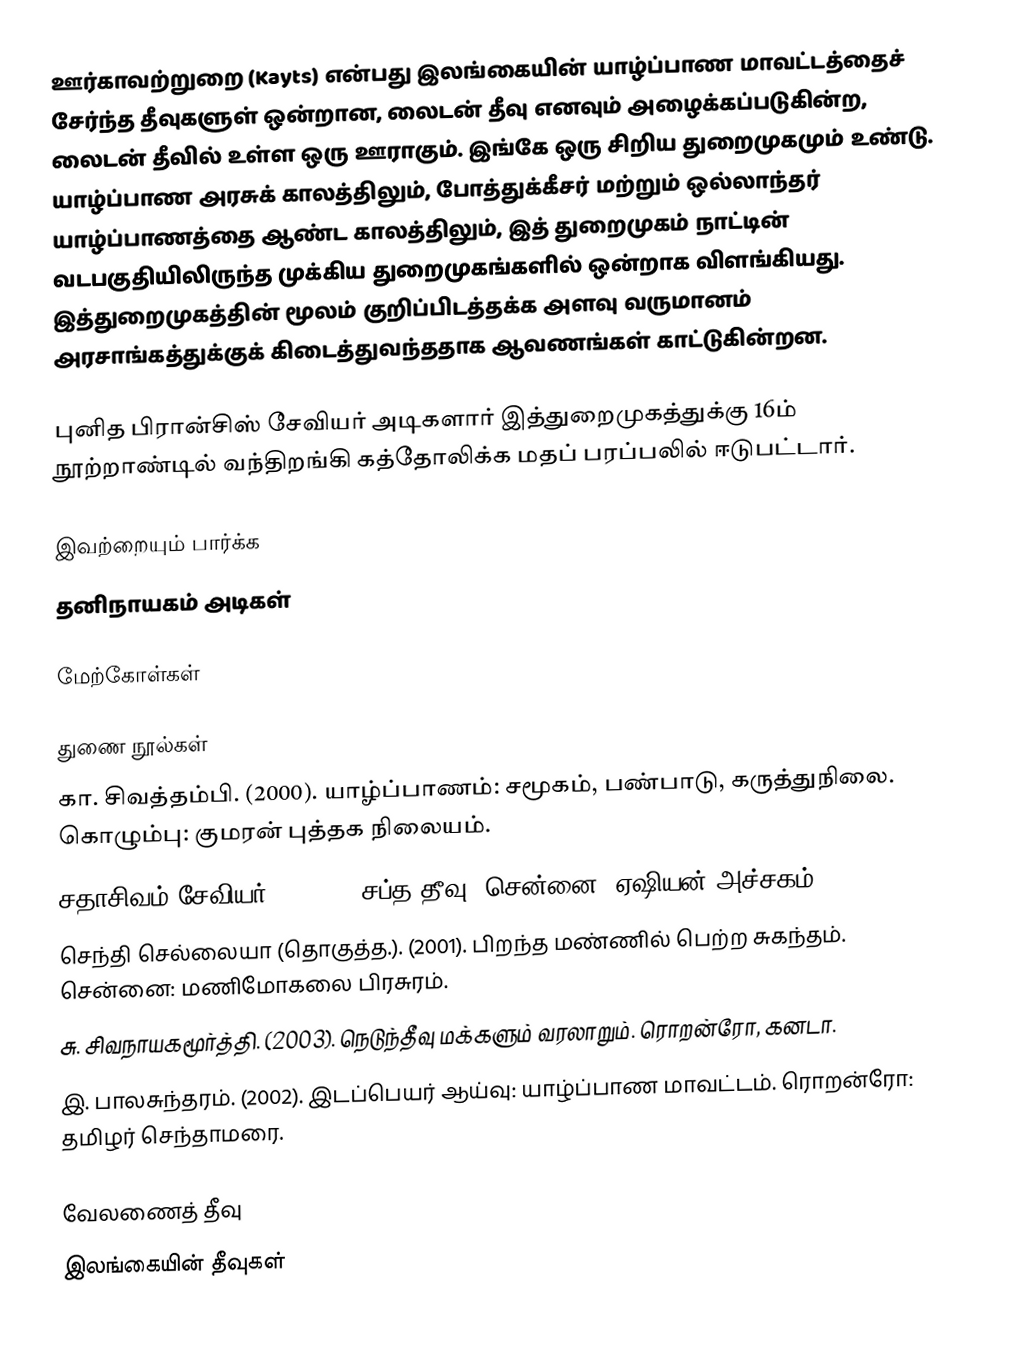
ஊர்காவற்றுறை (Kayts) என்பது இலங்கையின் யாழ்ப்பாண மாவட்டத்தைச் சேர்ந்த தீவுகளுள் ஒன்றான, லைடன் தீவு எனவும் அழைக்கப்படுகின்ற, லைடன் தீவில் உள்ள ஒரு ஊராகும். இங்கே ஒரு சிறிய துறைமுகமும் உண்டு. யாழ்ப்பாண அரசுக் காலத்திலும், போத்துக்கீசர் மற்றும் ஒல்லாந்தர் யாழ்ப்பாணத்தை ஆண்ட காலத்திலும், இத் துறைமுகம் நாட்டின் வடபகுதியிலிருந்த முக்கிய துறைமுகங்களில் ஒன்றாக விளங்கியது. இத்துறைமுகத்தின் மூலம் குறிப்பிடத்தக்க அளவு வருமானம் அரசாங்கத்துக்குக் கிடைத்துவந்ததாக ஆவணங்கள் காட்டுகின்றன.

புனித பிரான்சிஸ் சேவியர் அடிகளார் இத்துறைமுகத்துக்கு 16ம் நூற்றாண்டில் வந்திறங்கி கத்தோலிக்க மதப் பரப்பலில் ஈடுபட்டார்.

இவற்றையும் பார்க்க
 தனிநாயகம் அடிகள்

மேற்கோள்கள்

துணை நூல்கள்
 கா. சிவத்தம்பி. (2000).  யாழ்ப்பாணம்: சமூகம், பண்பாடு, கருத்துநிலை. கொழும்பு: குமரன் புத்தக நிலையம்.
 சதாசிவம் சேவியர். (1997).  சப்த தீவு. சென்னை: ஏஷியன் அச்சகம்.
 செந்தி செல்லையா (தொகுத்த.). (2001). பிறந்த மண்ணில் பெற்ற சுகந்தம். சென்னை: மணிமோகலை பிரசுரம்.
 சு. சிவநாயகமூர்த்தி. (2003). நெடுந்தீவு மக்களும் வரலாறும். ரொறன்ரோ, கனடா.
 இ. பாலசுந்தரம். (2002). இடப்பெயர் ஆய்வு: யாழ்ப்பாண மாவட்டம். ரொறன்ரோ: தமிழர் செந்தாமரை.

வேலணைத் தீவு
இலங்கையின் தீவுகள்